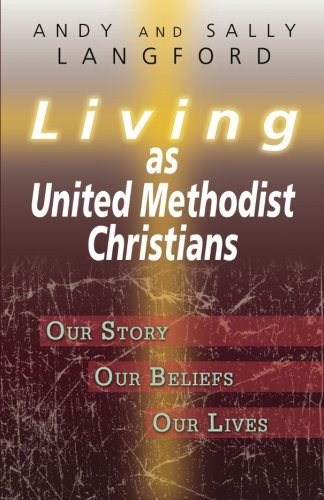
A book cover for Living as United Methodist Christians: Our Story, Our Beliefs, Our Lives; Sally Langford; Christian Books & Bibles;